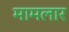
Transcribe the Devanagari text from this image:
मामलार